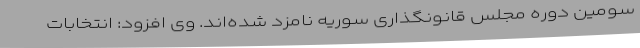
سومین دوره مجلس قانونگذاری سوریه نامزد شده‌اند. وی افزود: انتخابات